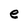
Character: e